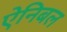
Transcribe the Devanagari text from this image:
ऐनिबल